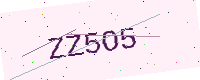
Text: ZZ5O5